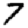
Digit: 7